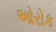
ઓરોક